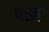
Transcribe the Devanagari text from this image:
पस्ता